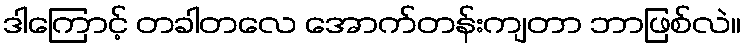
ဒါကြောင့် တခါတလေ အောက်တန်းကျတာ ဘာဖြစ်လဲ။